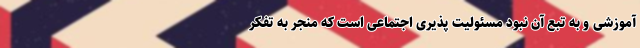
آموزشی و به تبع آن نبود مسئولیت پذیری اجتماعی است که منجر به تفکر